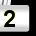
Digit: 2